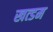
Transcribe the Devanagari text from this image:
खत्डम